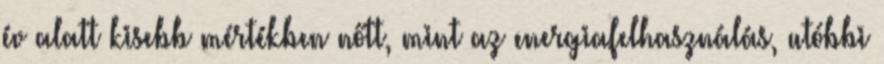
év alatt kisebb mértékben nőtt, mint az energiafelhasználás, utóbbi